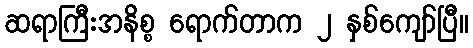
ဆရာကြီးအနိစ္စ ရောက်တာက ၂ နှစ်ကျော်ပြီ။